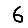
Digit: 6